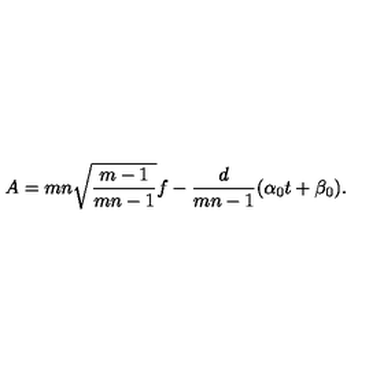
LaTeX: A = m n \sqrt { \frac { m - 1 } { m n - 1 } } f - \frac { d } { m n - 1 } ( \alpha _ { 0 } t + \beta _ { 0 } ) .